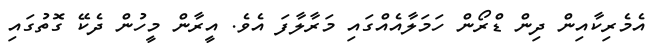
އެމެރިކާއިން ދިން ޑްރޯން ހަމަލާއެއްގައި މަރާލާފަ އެވެ. އީރާން މީހުން ދެކޭ ގޮތުގައި